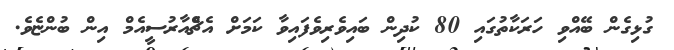
ގުޅިގެން ބޭއްވި ހަރަކާތުގައި 80 ކުދިން ބައިވެރިވެފައިވާ ކަމަށް އެޗްެއާރުސީއެމް އިން ބުންޏެވެ.